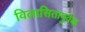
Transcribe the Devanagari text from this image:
विलासितापुर्वक